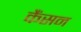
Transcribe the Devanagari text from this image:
कैंसन